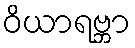
ဝိယာရဗ္ဘာ